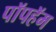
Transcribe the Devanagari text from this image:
पॉपहॅम